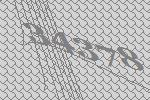
34378